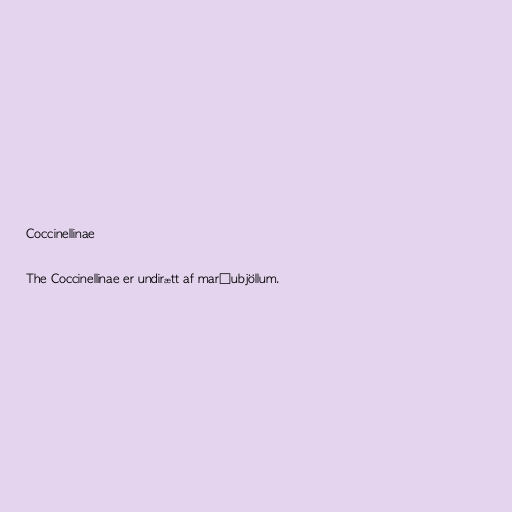
Coccinellinae

The Coccinellinae er undirætt af maríubjöllum.